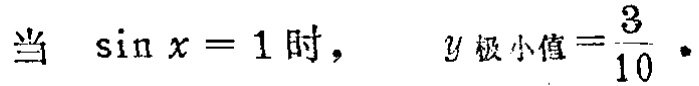
当 $\sin x = 1$ 时， $\quad y_{极小值}=\frac{3}{10} \cdot$